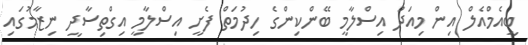
ބީއެމްއެލް އިން މިއަދު އިސްލާމީ ބޭންކިންގެ ހިދުމަތް ފެށީ އިސްލާމީ އިގްތިސާދީ ނިޒާމުގައި